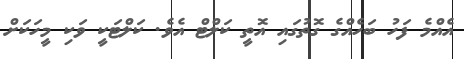
އެއްމެ ފަހު ބަހެއްގެ ގޮތުގައި އޮތީ ކަލްޓް އެވެ. ކަލްޓަކީ ވަކި މީހަކަށް